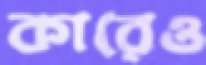
কারেও